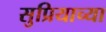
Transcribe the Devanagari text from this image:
सुप्रियाच्या